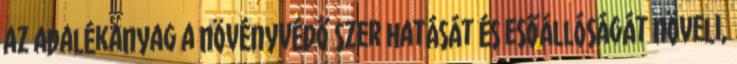
az adalékanyag a növényvédő szer hatását és esőállóságát növeli,